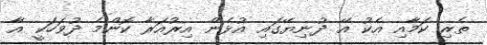
ތެރި ކަމާއި އެކު އޭ ދުނިޔޭގައި އުޅެން އިރުއަރާ ކޮންމެ ދުވަހަކީ އާ